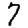
Digit: 7